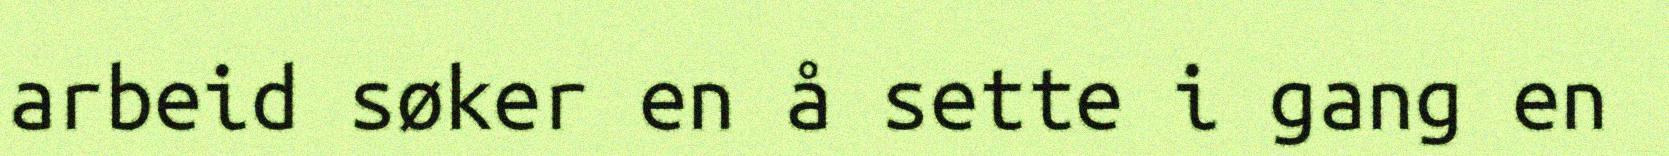
arbeid søker en å sette i gang en